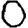
Digit: 0